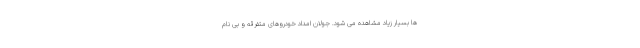
ها بسیار زیاد مشاهده می شود. جولان امداد خودروهای متفرقه و بی نام